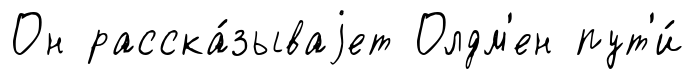
Он расска́зываjет Олдм'ен пут'и́